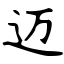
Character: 迈